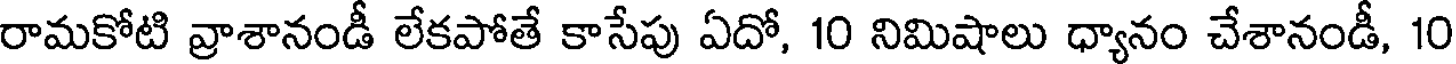
రామకోటి వ్రాశానండీ లేకపోతే కాసేపు ఏదో, 10 నిమిషాలు ధ్యానం చేశానండీ, 10